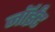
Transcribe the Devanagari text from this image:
जॉईंट